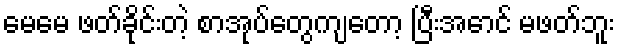
မေမေ ဖတ်ခိုင်းတဲ့ စာအုပ်တွေကျတော့ ပြီးအောင် မဖတ်ဘူး